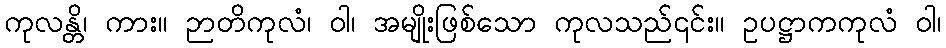
ကုလန္တိ၊ ကား။ ဉာတိကုလံ၊ ဝါ၊ အမျိုးဖြစ်သော ကုလသည်၎င်း။ ဥပဋ္ဌာကကုလံ ဝါ၊